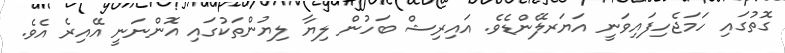
ގޮތުގައި ހަމަޖެހިފައިވަނީ އަޔަރލޭންޑެވެ. އައިރިޝް ބަހުން ލިޔާ ލިޔުންތަކުގައި އޮންނަނީ އޭއިރެ އެވެ.